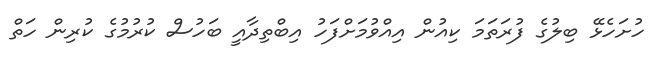
ހުށަހެޅޭ ބިލުގެ ފުރަތަމަ ކިއުން އިއްވުމަށްފަހު އިބްތިދާއީ ބަހުސް ކުރުމުގެ ކުރިން ހަތް